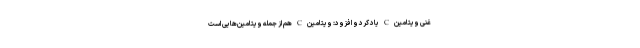
غنی ویتامین C یاد کرد و افزود: ویتامین C هم از جمله ویتامین‌هایی است